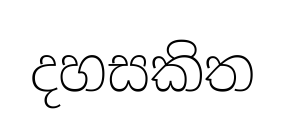
දහසකිත